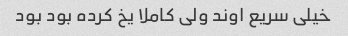
خیلی سریع اوند ولی کاملا یخ کرده بود بود